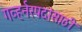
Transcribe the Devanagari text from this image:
गव्हर्नरपदांसाठी